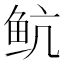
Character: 𱇘